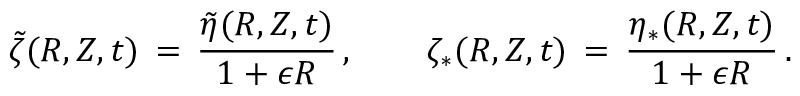
\tilde { \zeta } ( R , Z , t ) \, = \, \frac { \tilde { \eta } ( R , Z , t ) } { 1 + \epsilon R } \, , \qquad \zeta _ { * } ( R , Z , t ) \, = \, \frac { \eta _ { * } ( R , Z , t ) } { 1 + \epsilon R } \, .